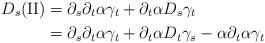
LaTeX: \begin{align*}D_s\mathrm{(II)}&=\partial_s\partial_t\alpha\gamma_t+\partial_t\alpha D_s\gamma_t\\&=\partial_s\partial_t\alpha\gamma_t+\partial_t\alpha D_t\gamma_s-\alpha\partial_t\alpha\gamma_t\end{align*}